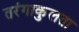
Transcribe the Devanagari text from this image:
तरंगाकुलता